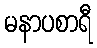
မနာပစာရီ